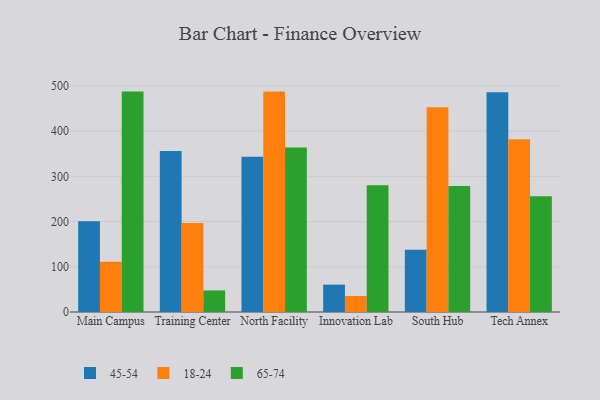
{"axis": {"x": "Campus", "y": "Website Visitors"}, "legend": ["18-24", "45-54", "65-74"], "data": [{"x": "Main Campus", "y": 200.8, "type": "45-54"}, {"x": "Main Campus", "y": 111.3, "type": "18-24"}, {"x": "Main Campus", "y": 487.4, "type": "65-74"}, {"x": "Training Center", "y": 356.3, "type": "45-54"}, {"x": "Training Center", "y": 196.9, "type": "18-24"}, {"x": "Training Center", "y": 47.7, "type": "65-74"}, {"x": "North Facility", "y": 343.2, "type": "45-54"}, {"x": "North Facility", "y": 487.4, "type": "18-24"}, {"x": "North Facility", "y": 364.0, "type": "65-74"}, {"x": "Innovation Lab", "y": 60.5, "type": "45-54"}, {"x": "Innovation Lab", "y": 35.5, "type": "18-24"}, {"x": "Innovation Lab", "y": 280.2, "type": "65-74"}, {"x": "South Hub", "y": 137.8, "type": "45-54"}, {"x": "South Hub", "y": 452.8, "type": "18-24"}, {"x": "South Hub", "y": 278.7, "type": "65-74"}, {"x": "Tech Annex", "y": 486.1, "type": "45-54"}, {"x": "Tech Annex", "y": 381.8, "type": "18-24"}, {"x": "Tech Annex", "y": 255.9, "type": "65-74"}]}